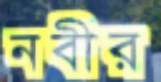
নবীর